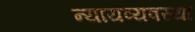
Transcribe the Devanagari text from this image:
न्‍यायव्‍यवस्‍था